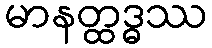
မာနတ္ထဒ္ဓဿ